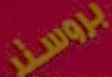
بروستر